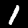
Digit: 1